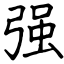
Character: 强